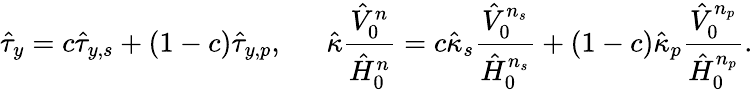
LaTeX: \hat{\tau}_{y}=c\hat{\tau}_{y,s}+(1-c)\hat{\tau}_{y,p},~~~~~~\hat{\kappa}\frac{\hat{V}_{0}^{n}}{\hat{H}_{0}^{n}}=c\hat{\kappa}_{s}\frac{\hat{V}_{0}^{n_{s}}}{\hat{H}_{0}^{n_{s}}}+(1-c)\hat{\kappa}_{p}\frac{\hat{V}_{0}^{n_{p}}}{\hat{H}_{0}^{n_{p}}}.